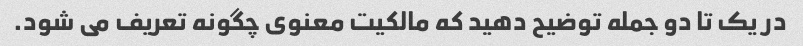
در یک تا دو جمله توضیح دهید که مالکیت معنوی چگونه تعریف می شود.